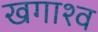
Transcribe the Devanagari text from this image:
खगाश्व